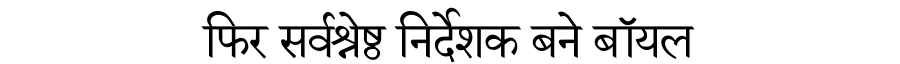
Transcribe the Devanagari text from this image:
फिर सर्वश्रेष्ठ निर्देशक बने बॉयल